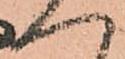
一